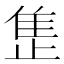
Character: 𬯪